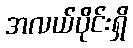
အလယ်ပိုင်းရှိ